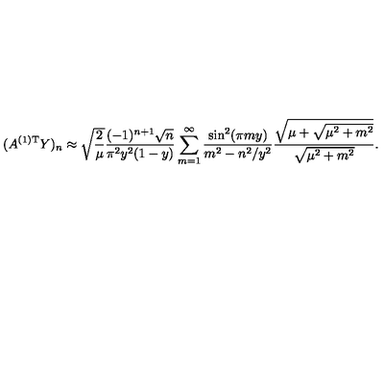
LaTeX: ( A ^ { ( 1 ) \mathrm { T } } Y ) _ { n } \approx \sqrt { \frac { 2 } { \mu } } \frac { ( - 1 ) ^ { n + 1 } \sqrt { n } } { \pi ^ { 2 } y ^ { 2 } ( 1 - y ) } \sum _ { m = 1 } ^ { \infty } \frac { \sin ^ { 2 } ( \pi m y ) } { m ^ { 2 } - n ^ { 2 } / y ^ { 2 } } \frac { \sqrt { \mu + \sqrt { \mu ^ { 2 } + m ^ { 2 } } } } { \sqrt { \mu ^ { 2 } + m ^ { 2 } } } .